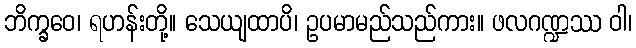
ဘိက္ခဝေ၊ ရဟန်းတို့။ သေယျထာပိ၊ ဥပမာမည်သည်ကား။ ဖလဂဏ္ဍဿ ဝါ၊